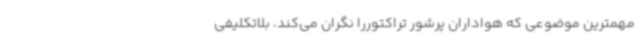
مهمترین موضوعی که هواداران پرشور تراکتوررا نگران می‌کند، بلاتکلیفی